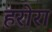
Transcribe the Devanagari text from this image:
हरोरा